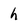
Character: h